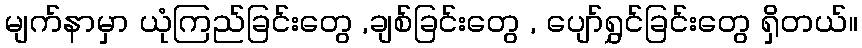
မျက်နာမှာ ယုံကြည်ခြင်းတွေ ,ချစ်ခြင်းတွေ , ပျော်ရွှင်ခြင်းတွေ ရှိတယ်။